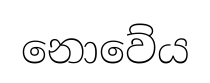
නොවේය